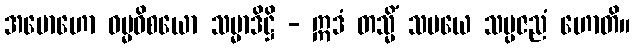
အမောဟော ဓမ္မဝိစယော သမ္မာဒိဋ္ဌိ - ဣဒံ တသ္မိံ သမယေ သမ္ပဇညံ ဟောတိ။